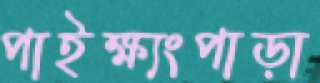
পাইক্ষ্যংপাড়া